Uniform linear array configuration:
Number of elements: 12
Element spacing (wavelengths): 0.75
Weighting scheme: uniform
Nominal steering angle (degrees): -30
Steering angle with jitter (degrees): -29.981
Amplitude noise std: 0.05
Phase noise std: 0.05

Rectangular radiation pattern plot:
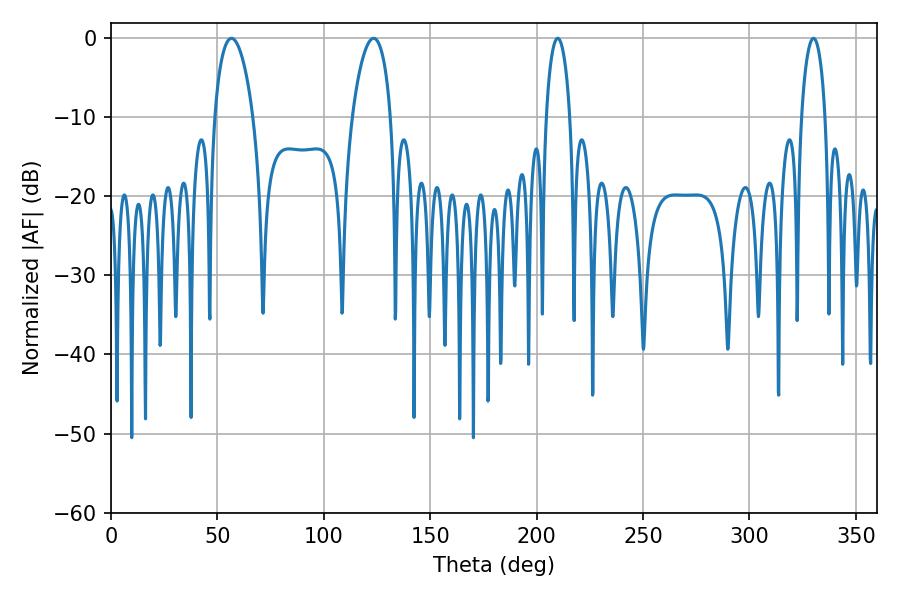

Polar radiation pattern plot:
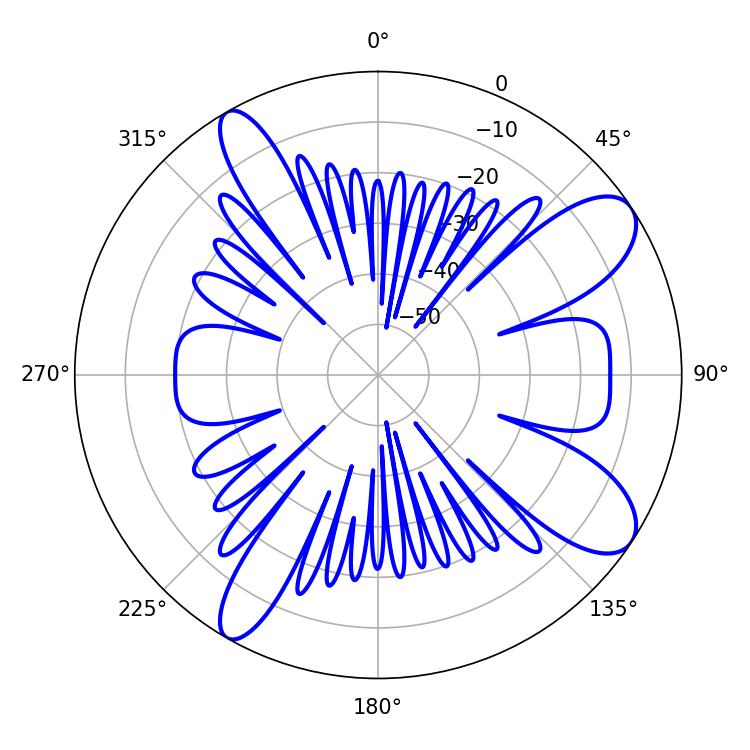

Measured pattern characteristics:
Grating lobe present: TRUE
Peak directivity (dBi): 9.829
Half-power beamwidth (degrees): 6.3
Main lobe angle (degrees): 209.88